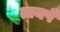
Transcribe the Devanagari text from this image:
तायपै